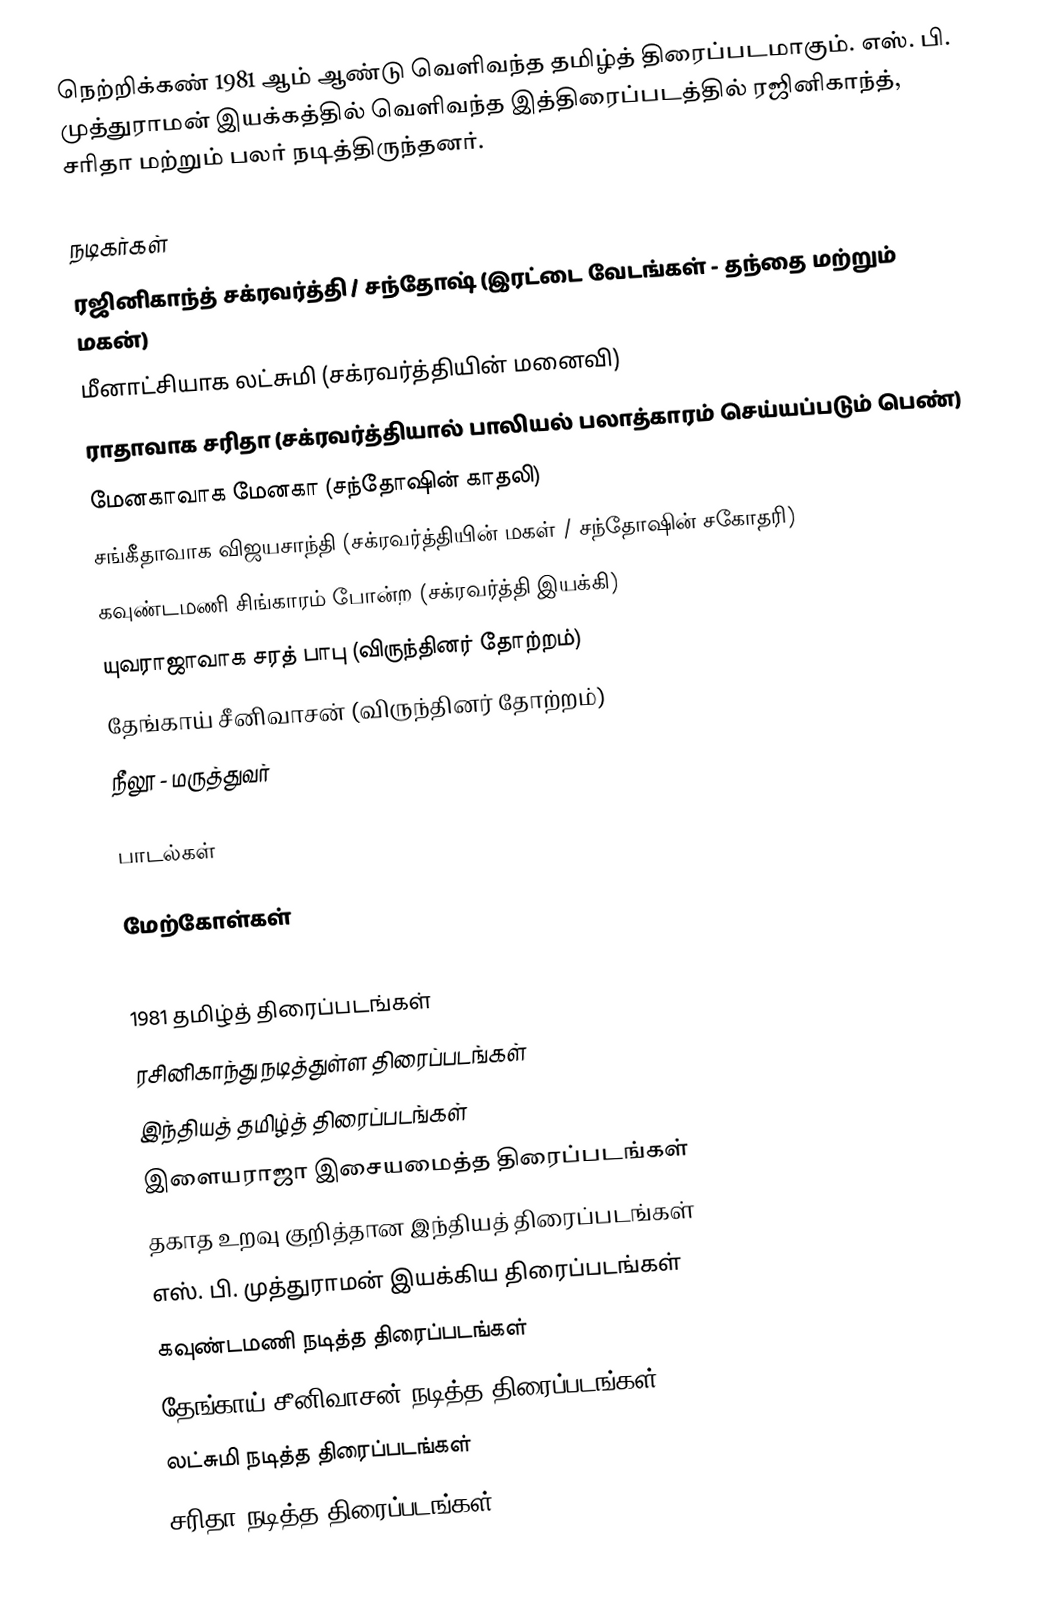
நெற்றிக்கண் 1981 ஆம் ஆண்டு வெளிவந்த தமிழ்த் திரைப்படமாகும். எஸ். பி. முத்துராமன் இயக்கத்தில் வெளிவந்த இத்திரைப்படத்தில் ரஜினிகாந்த், சரிதா மற்றும் பலர் நடித்திருந்தனர்.

நடிகர்கள்
 ரஜினிகாந்த் சக்ரவர்த்தி / சந்தோஷ் (இரட்டை வேடங்கள் - தந்தை மற்றும் மகன்)
 மீனாட்சியாக லட்சுமி (சக்ரவர்த்தியின் மனைவி)
 ராதாவாக சரிதா (சக்ரவர்த்தியால் பாலியல் பலாத்காரம் செய்யப்படும் பெண்)
 மேனகாவாக மேனகா (சந்தோஷின் காதலி)
 சங்கீதாவாக விஜயசாந்தி (சக்ரவர்த்தியின் மகள் / சந்தோஷின் சகோதரி)
 கவுண்டமணி சிங்காரம் போன்ற (சக்ரவர்த்தி இயக்கி)
 யுவராஜாவாக சரத் பாபு (விருந்தினர் தோற்றம்)
 தேங்காய் சீனிவாசன் (விருந்தினர் தோற்றம்)
 நீலூ - மருத்துவர்

பாடல்கள்

மேற்கோள்கள்

1981 தமிழ்த் திரைப்படங்கள்
ரசினிகாந்து நடித்துள்ள திரைப்படங்கள்
இந்தியத் தமிழ்த் திரைப்படங்கள்
இளையராஜா இசையமைத்த திரைப்படங்கள்
தகாத உறவு குறித்தான இந்தியத் திரைப்படங்கள்
எஸ். பி. முத்துராமன் இயக்கிய திரைப்படங்கள்
கவுண்டமணி நடித்த திரைப்படங்கள்
தேங்காய் சீனிவாசன் நடித்த திரைப்படங்கள்
லட்சுமி நடித்த திரைப்படங்கள்
சரிதா நடித்த திரைப்படங்கள்